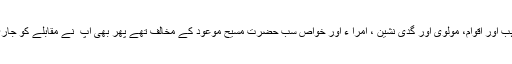
تمام مذاہب اور اقوام، مولوی اور گدی نشین ، امرا ء اور خواص سب حضرت مسیح موعودؑ کے مخالف تھے پھر بھی آپ ؑ نے مقابلے کو جاری رکھا۔